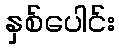
နှစ်ပေါင်း